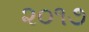
૨૦૧૭